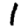
Digit: 1